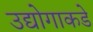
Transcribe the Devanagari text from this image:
उद्योगाकडे